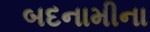
બદનામીના